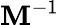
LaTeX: \mathbf{M}^{-1}